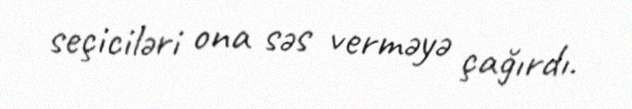
seçiciləri ona səs verməyə çağırdı.